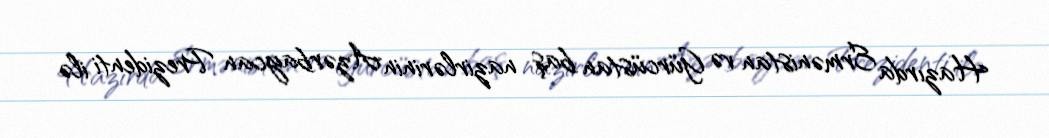
Hazırda Ermənistan və Gürcüstan baş nazirlərinin Azərbaycan Prezidenti ilə